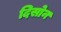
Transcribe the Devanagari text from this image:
दिसोन